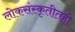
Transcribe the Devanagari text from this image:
लोकसंस्कृतीतही